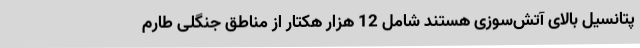
پتانسیل بالای آتش‌سوزی هستند شامل 12 هزار هکتار از مناطق جنگلی طارم